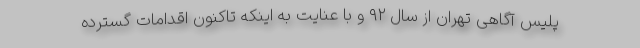
پلیس آگاهی تهران از سال ۹۲ و با عنایت به اینکه تاکنون اقدامات گسترده